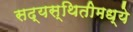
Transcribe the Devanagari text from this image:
सद्यस्थितीमध्ये